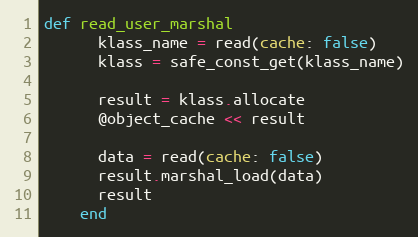
Language: Ruby
def read_user_marshal
      klass_name = read(cache: false)
      klass = safe_const_get(klass_name)

      result = klass.allocate
      @object_cache << result

      data = read(cache: false)
      result.marshal_load(data)
      result
    end